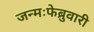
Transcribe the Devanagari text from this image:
जन्मःफेब्रुवारी